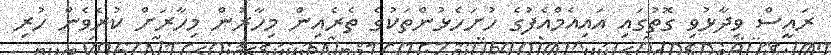
ރައީސް ވިދާޅުވި ގޮތުގައި އައިއެމްއެފުގެ ހުށަހެޅުންތަކުގެ ތެރެއިން މިހާރުން މިހާރަށް ކުރެވެން ހުރި